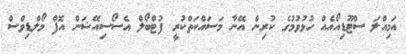
އަމިއްލަ ސްޓޫޑިއޯއެއް ހުޅުވުމުގެ ކުރިން އޭނާ މަސައްކަތްކުރީ ފުޓްބޯލް އެސޯސިއޭޝަން އޮފް މޯލްޑިވްސް